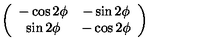
\left( \begin{array} { c c } { - \cos 2 \phi } & { - \sin 2 \phi } \\ { \sin 2 \phi } & { - \cos 2 \phi } \\ \end{array} \right)